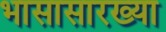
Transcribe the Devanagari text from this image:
भासासारख्या